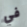
في